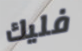
فليك